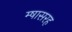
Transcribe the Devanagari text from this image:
म्षासरह